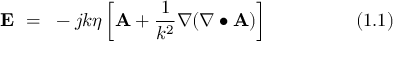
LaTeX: \mathbf { E } ~ = ~ - j k \eta \left[ \mathbf { A } + { \frac { 1 } { k ^ { 2 } } } \nabla ( \nabla \bullet \mathbf { A } ) \right] ~ ~ ~ ~ ~ ~ ~ ~ ~ ~ ~ ~ ~ ~ ( 1 . 1 )